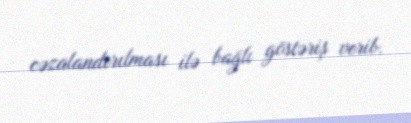
cəzalandırılması ilə bağlı göstəriş verib.